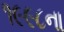
૧૯૯૮ના